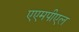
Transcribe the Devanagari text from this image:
एएमपीएल